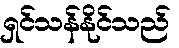
ရှင်သန်နိုင်သည်